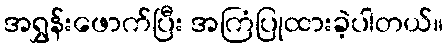
အရွှန်းဖောက်ပြီး အကြံပြုထားခဲ့ပါတယ်။